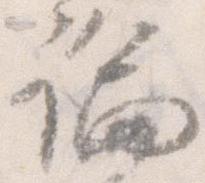
論